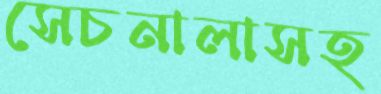
সেচনালাসহ